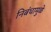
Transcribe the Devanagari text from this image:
निबंधामुळे